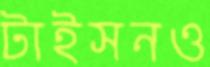
টাইসনও